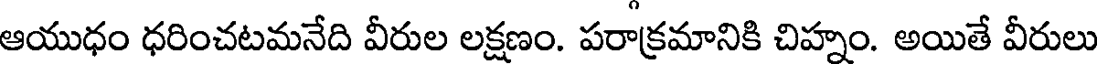
ఆయుధం ధరించటమనేది వీరుల లక్షణం. పరాక్రమానికి చిహ్నం. అయితే వీరులు